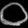
Digit: ၀